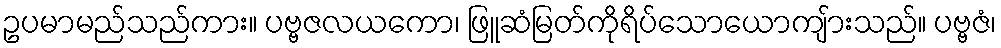
ဥပမာမည်သည်ကား။ ပဗ္ဗဇလယကော၊ ဖြူဆံမြတ်ကိုရိပ်သောယောကျ်ားသည်။ ပဗ္ဗဇံ၊